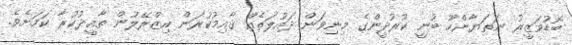
ބޮޑުވަޒީރު ނަތަޔާންހޫ ބުނީ ކުރުދީންގެ މިނިވަން ދައުލަތެއް ޤާއިމުކުރަން އިޒްރޭލުން ތާއީދުކުރާ ކަމަށެވެ.